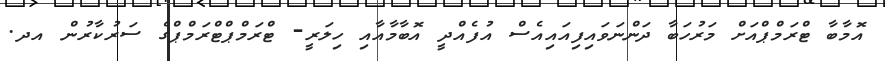
އޮމާބާ ޓްރަމްޕްއަށް މަރުހަބާ ދަންނަވައިފިއައިއެސް އުފެއްދީ އޮބާމާއާއި ހިލަރީ- ޓްރަމްޕްޓްރަމްޕްގެ ސަރުކާރުން އދ.